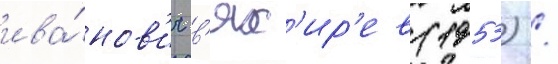
ива́нов'ич в'ях'ир'ев (1953) /